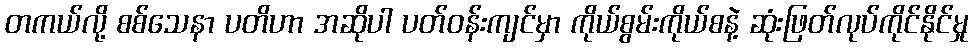
တကယ်လို့ စစ်သေနာ ပတိဟာ အဆိုပါ ပတ်ဝန်းကျင်မှာ ကိုယ်စွမ်းကိုယ်စနဲ့ ဆုံးဖြတ်လုပ်ကိုင်နိုင်မှု